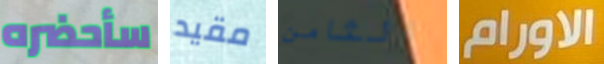
سأحضره مقيد الثامن الاورام